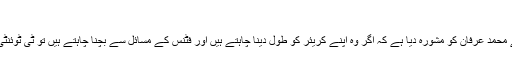
‘
سابق فاسٹ بولر سرفراز نواز نے محمد عرفان کو مشورہ دیا ہے کہ اگر وہ اپنے کریئر کو طول دینا چاہتے ہیں اور فٹنس کے مسائل سے بچنا چاہتے ہیں تو ٹی ٹوئنٹی پر ہی اپنی توجہ مرکوز رکھیں۔